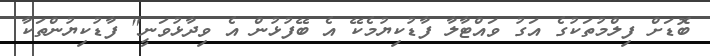
ބޮޑަށް ފިލްމުތަކުގެ އަގު ވައްޓާލާ ފާޑުކިޔުމެކޭ އެ ބޭފުޅުން އެ ވިދާޅުވަނީ" ފާޑުކިޔުންތަކާ